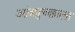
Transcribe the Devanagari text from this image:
आंत्रपुच्छाला